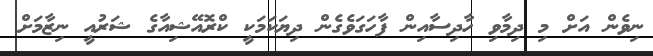
ނިވެން އަށް މި ދިމާވި ހާދިސާއިން ފާހަގަވެގެން ދިޔަކަމަކީ ކްރޮއޭޝިއާގެ ޝަރުއީ ނިޒާމަށް